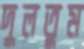
দুলতুম